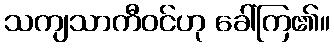
သကျသာကီဝင်ဟု ခေါ်ကြ၏။